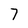
Character: 7